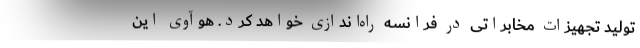
تولید تجهیزات مخابراتی در فرانسه راه‌اندازی خواهد کرد. هوآوی این